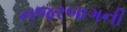
નજરબાગની